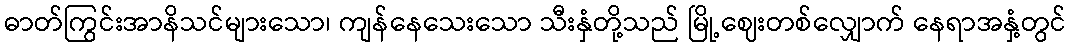
ဓာတ်ကြွင်းအာနိသင်များသော၊ ကျန်နေသေးသော သီးနှံတို့သည် မြို့ဈေးတစ်လျှောက် နေရာအနှံ့တွင်